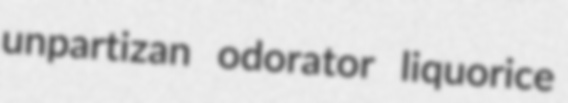
unpartizan odorator liquorice